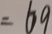
= 6 9